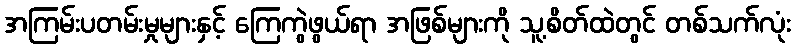
အကြမ်းပတမ်းမှုများနှင့် ကြေကွဲဖွယ်ရာ အဖြစ်များကို သူ့စိတ်ထဲတွင် တစ်သက်လုံး